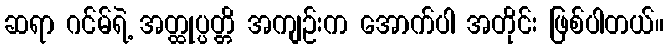
ဆရာ ဂင်မ်ရဲ့ အတ္ထုပ္ပတ္တိ အကျဉ်းက အောက်ပါ အတိုင်း ဖြစ်ပါတယ်။